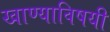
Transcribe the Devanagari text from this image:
खाण्याविषयी